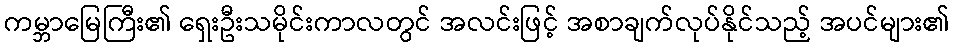
ကမ္ဘာမြေကြီး၏ ရှေးဦးသမိုင်းကာလတွင် အလင်းဖြင့် အစာချက်လုပ်နိုင်သည့် အပင်များ၏